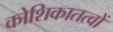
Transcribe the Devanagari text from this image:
कोशिकातत्वों